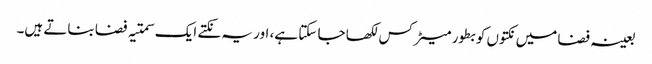
بعینہ فضا میں نکتوں کو بطور میٹرکس لکھا جا سکتا ہے، اور یہ نکتے ایک سمتیہ فضا بناتے ہیں۔